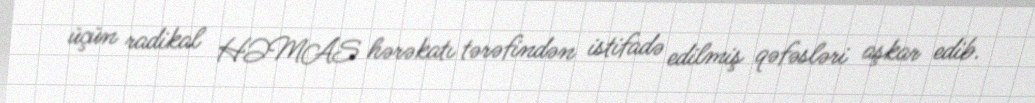
üçün radikal HƏMAS hərəkatı tərəfindən istifadə edilmiş qəfəsləri aşkar edib.